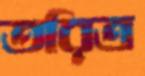
তরিত্র